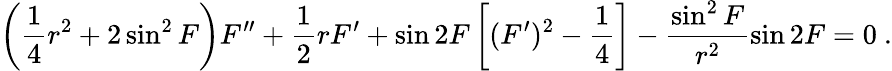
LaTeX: \left(\frac{1}{4}r^{2}+2\sin^{2}F\right)F^{\prime\prime}+\frac{1}{2}rF^{\prime}+\sin 2F\left[(F^{\prime})^{2}-\frac{1}{4}\right]-\frac{\sin^{2}F}{r^{2}}\sin 2F=0\ .